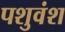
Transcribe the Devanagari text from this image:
पशुवंश